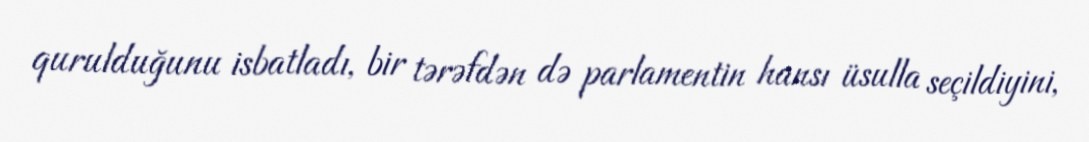
qurulduğunu isbatladı, bir tərəfdən də parlamentin hansı üsulla seçildiyini,